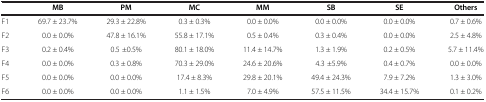
|  | MB | PM | MC | MM | SB | SE | Others |
 | --- | --- | --- | --- | --- | --- | --- | --- |
 | F1 | 69.7 ± 23.7% | 29.3 ± 22.8% | 0.3 ± 0.3% | 0.0 ± 0.0% | 0.0 ± 0.0% | 0.0 ± 0.0% | 0.7 ± 0.6% |
 | F2 | 0.0 ± 0.0% | 47.8 ± 16.1% | 55.8 ± 17.1% | 0.5 ± 0.4% | 0.3 ± 0.4% | 0.0 ± 0.0% | 2.5 ± 4.8% |
 | F3 | 0.2 ± 0.4% | 0.5 ±0.5% | 80.1 ± 18.0% | 11.4 ± 14.7% | 1.3 ± 1.9% | 0.2 ± 0.5% | 5.7 ± 11.4% |
 | F4 | 0.0 ± 0.0% | 0.3 ± 0.8% | 70.3 ± 29.0% | 24.6 ± 20.6% | 4.3 ±5.9% | 0.4 ± 0.7% | 0.0 ± 0.0% |
 | F5 | 0.0 ± 0.0% | 0.0 ± 0.0% | 17.4 ± 8.3% | 29.8 ± 20.1% | 49.4 ± 24.3% | 7.9 ± 7.2% | 1.3 ± 3.0% |
 | F6 | 0.0 ± 0.0% | 0.0 ± 0.0% | 1.1 ± 1.5% | 7.0 ± 4.9% | 57.5 ± 11.5% | 34.4 ± 15.7% | 0.1 ± 0.2% |